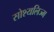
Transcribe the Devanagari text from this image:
सोश्यलिज्म